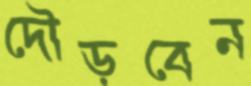
দৌড়বেন